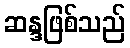
ဆန္ဒဖြစ်သည်